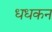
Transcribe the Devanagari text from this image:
धधकन